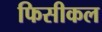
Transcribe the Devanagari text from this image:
फिसीकल